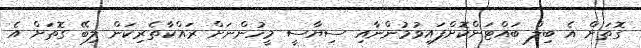
ގޮތަށް އެ ބިލް ބައްޓަންކޮށްފައިވުމުންނާއި ސިޔާސީ މީހުންނަށް ރައްކާތެރިކަން ލިބޭ ގޮތަށް އެ